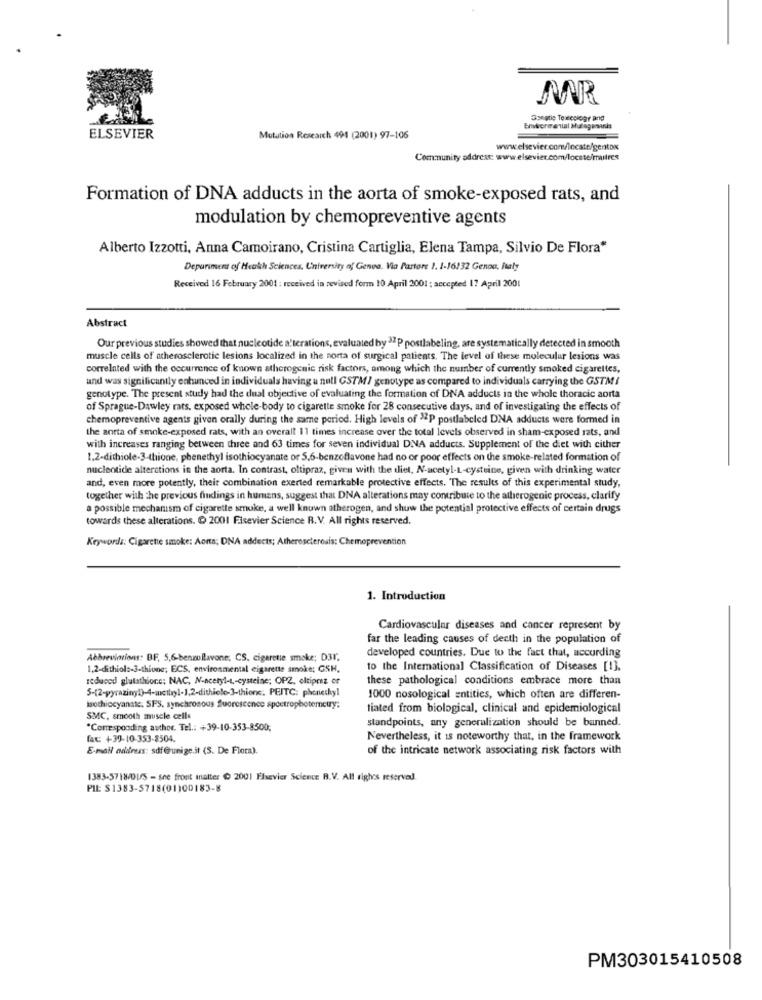
MR
Greatle Texteology and
Enwereental Mulagesanis
ELSEVIER
Mutation Research 494 (2001) 97-106
www.elsevier.com/locate/genton
Community addrest: www.elsevier.com/locste/mulres
Formation of DNA adducts in the aorta of smoke-exposed rats, and
modulation by chemopreventive agents
Alberto Izzotti, Anna Camoirano, Cristina Cartiglia, Elena Tampa, Silvio De Flora*
Depuriment of Health Sciences, University of Genoa. Via Pastore 1. 1-16/32 Genou, haly
Received 16 February 2001 : received in revised form 10 April 2001 ; accepted 17 April 2001
Abstract
Our previous studies showed that nucleotide alterations, evaluated by 37 P postlabeling, are systematically detected in smooth
muscle cells of atherosclerotic lesions localized in the porta of surgical patients. The level of these molecular lesions was
correlated with the occurrence of known atherogenic risk factors, among which the number of currently smoked cigarettes,
und was significantly enhanced in individuals having a null GSTM/ genotype as compared to individuals carrying the GSTMI
genotype. The present study had the dual objective of evaluating the formation of DNA adducts in the whole thoracic aorta
of Sprague-Dawley rats, exposed whole-body to cigarette smoke for 28 consecutive days, and of investigating the effects of
chemopreventive agents given orally during the same period. High levels of 32P postlabeled DNA adducts were formed in
the antta of smoke-exposed rats, with an overall 11 times increase over the total levels observed in sham-exposed rats, and
with increases ranging between three and 63 times for seven individual DNA adducts. Supplement of the diet with either
1,2-dithiole-3-thione, phenethyl isothiocyanate or 5,6-benzoflavone had no or poor effects on the smoke-related formation of
nucleotide alterctions in the aorta. In contrast, oltipraz, given with the diet, N-acetyl-L-cysteine, given with drinking water
and, even more potently, their combination exerted remarkable protective effects. The results of this experimental study,
together with the previous findings in humans, suggest that DNA alterations may contribute to the atherogenic process, clarify
a possible mechanism of cigarette smoke, a well known atherogen, and show the potential protective effects of certain drugs
towards these alterations. @ 2001 Fisevier Science R.V. All rights reserved.
Keywords: Cigarette smoke: Aorta; DNA addects; Atherosclerosis: Chemoprevention
1. Introduction
Cardiovascular diseases and cancer represent by
far the leading causes of death in the population of
developed countries. Due to the fact that, according
Abbreviations: BF, 5,6-benzollavone, CS. cigarette smoke; D3I.
1,2-dithiol :- 3-thione; ECS, environmental cigarette smoke; GSH,
to the International Classification of Diseases [1].
reduced glutathione; NAC, N-acetyl-L-cysteine; OPZ, eltiprez or
these pathological conditions embrace more than
5-(2-pyraziny4)-4-methyl-1,2-dithielo-3-thione; PEITC: phoneskyl
1000 nosological entities, which often are differen-
trothiccyanate, SFS, synchronous fluorescence spcetrophotemcuy;
tiated from biological, clinical and epidemiological
SMC, smooth muscle cells
standpoints, any generalization should be banned.
*Corresponding author. Tel .: +39-10-353-8500;
fax: +39-10-353-8504.
Nevertheless, it is noteworthy that, in the framework
E-mail address: sdf@unige.it (S. De Flora).
of the intricate network associating risk factors with
1383-57 18/01/5 - she front malter @ 2001 Flsevier Science B.V. All rights reserved.
PIE: $1383-5718(01)00183-8
PM303015410508